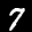
Label: 7